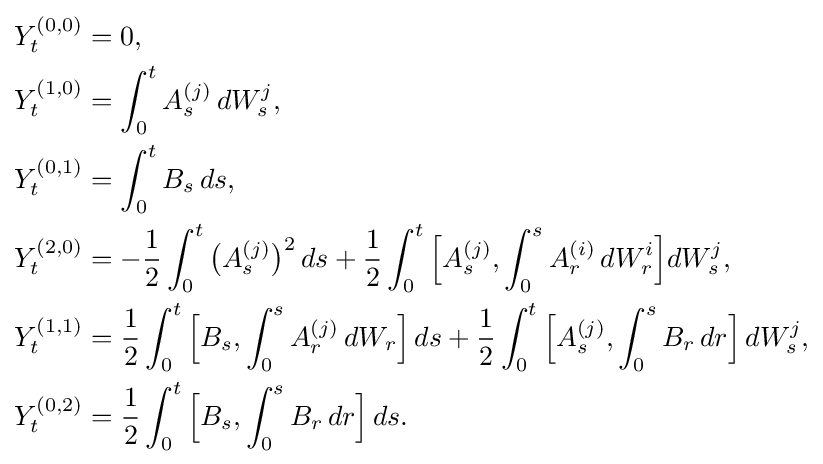
{\begin{aligned}Y_{t}^{(0,0)}&=0,\\Y_{t}^{(1,0)}&=\int _{0}^{t}A_{s}^{(j)}\,dW_{s}^{j},\\Y_{t}^{(0,1)}&=\int _{0}^{t}B_{s}\,ds,\\Y_{t}^{(2,0)}&=-{\frac {1}{2}}\int _{0}^{t}{\big (}A_{s}^{(j)}{\big )}^{2}\,ds+{\frac {1}{2}}\int _{0}^{t}{\Big [}A_{s}^{(j)},\int _{0}^{s}A_{r}^{(i)}\,dW_{r}^{i}{\Big ]}dW_{s}^{j},\\Y_{t}^{(1,1)}&={\frac {1}{2}}\int _{0}^{t}{\Big [}B_{s},\int _{0}^{s}A_{r}^{(j)}\,dW_{r}{\Big ]}\,ds+{\frac {1}{2}}\int _{0}^{t}{\Big [}A_{s}^{(j)},\int _{0}^{s}B_{r}\,dr{\Big ]}\,dW_{s}^{j},\\Y_{t}^{(0,2)}&={\frac {1}{2}}\int _{0}^{t}{\Big [}B_{s},\int _{0}^{s}B_{r}\,dr{\Big ]}\,ds.\end{aligned}}